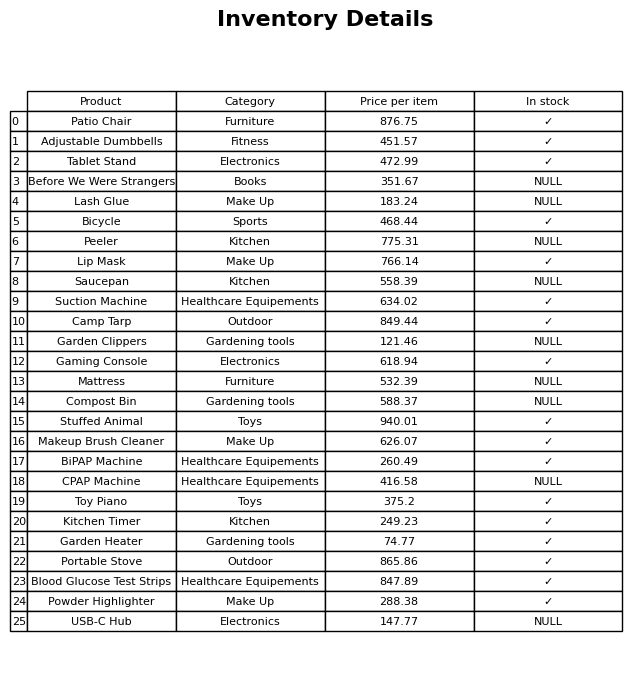
question: What is the price of the Makeup Brush Cleaner?
answer: The price of Makeup Brush Cleaner is 626.07.